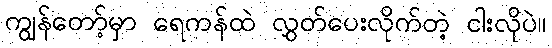
ကျွန်တော့်မှာ ရေကန်ထဲ လွှတ်ပေးလိုက်တဲ့ ငါးလိုပဲ။